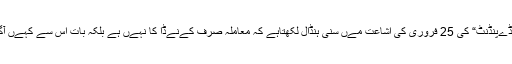
روزنامہ ”انڈےپنڈنٹ“ کی 25 فروری کی اشاعت مےں سنی ہنڈال لکھتاہے کہ معاملہ صرف کےنےڈا کا نہےں ہے بلکہ بات اس سے کہےں آگے کی ہے۔